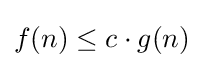
f(n)\leq c\cdot g(n)